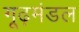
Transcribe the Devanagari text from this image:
गूढ़मंडल